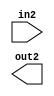
module foobar (input [2:0] in2, output [2:0] out2);
endmodule